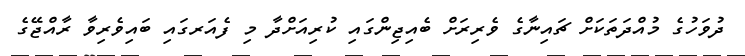
ދުވަހުގެ މުއްދަތަކަށް ޗައިނާގެ ވެރިރަށް ބެއިޖިންގައި ކުރިއަށްދާ މި ފެއަރގައި ބައިވެރިވާ ރާއްޖޭގެ